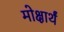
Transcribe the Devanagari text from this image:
मोक्षार्थं